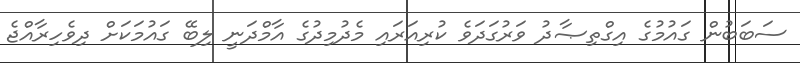
ސަބަބުން ގައުމުގެ އިގްތިޞާދު ވަރުގަދަވެ ކުރިއަރައި މެދުމިދުގެ އާމްދަނީ ލިބޭ ގައުމަކަށް ދިވެހިރާއްޖެ